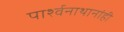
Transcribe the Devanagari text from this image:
पार्श्वनाथानांही